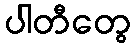
ပါတီတွေ